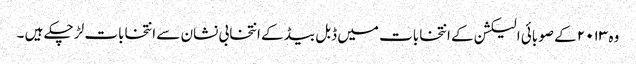
وہ ۲۰۱۳ کے صوبائی الیکشن کے انتخابات میں ڈبل بیڈ کے انتخابی نشان سے انتخابات لڑ چکے ہیں ۔